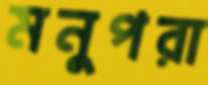
মনুপরা